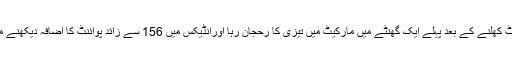
مارکیٹ کھلنے کے بعد پہلے ایک گھنٹے میں مارکیٹ میں تیزی کا رحجان رہا اورانڈیکس میں 156 سے زائد پوائنٹ کا اضافہ دیکھنے میں آیا۔